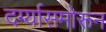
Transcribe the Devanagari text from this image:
दर्ग्यासमोरून